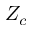
Z _ { c }